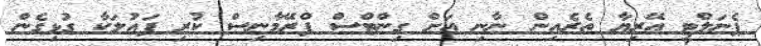
ޕެނަލްޓީ އޭރިޔާ ތެރެއިން ނާނި އަށް ގިންޓްސް ފްރޭމާނިސް ކުރި ފައުލަކާ ގުޅިގެން